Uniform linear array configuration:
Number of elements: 8
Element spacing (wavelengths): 0.5
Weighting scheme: exponential
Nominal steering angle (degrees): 45
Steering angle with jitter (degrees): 46.176
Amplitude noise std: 0.05
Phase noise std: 0.05

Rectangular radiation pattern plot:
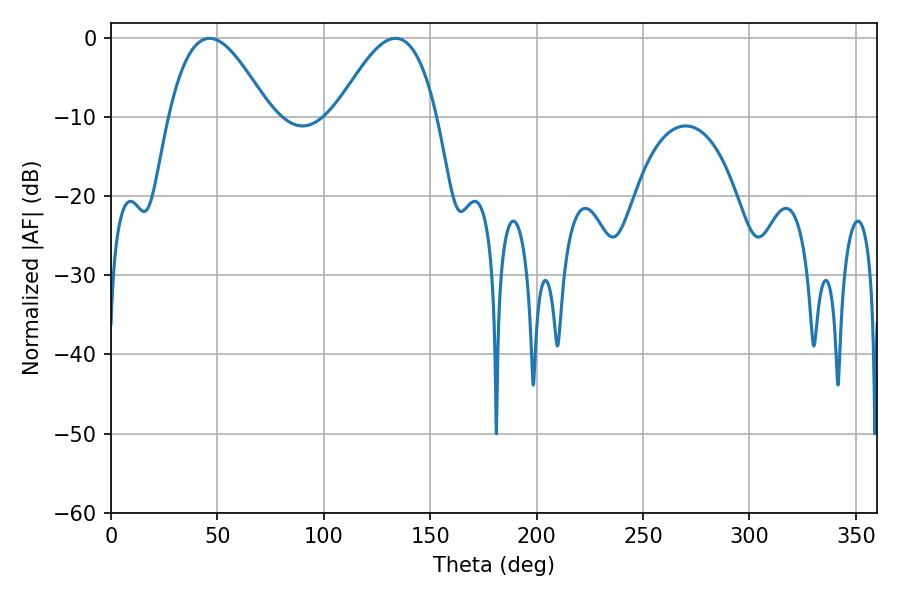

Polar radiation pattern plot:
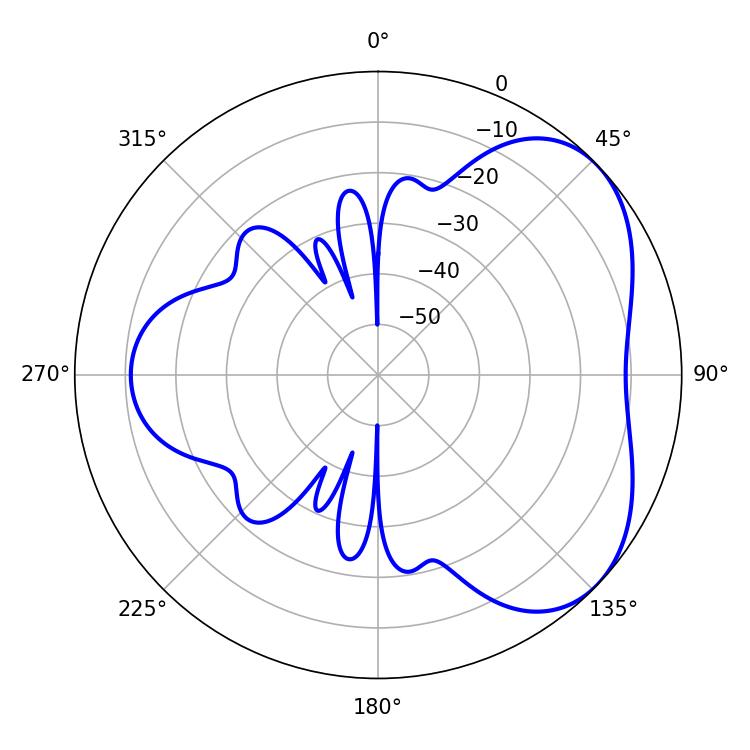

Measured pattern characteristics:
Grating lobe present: FALSE
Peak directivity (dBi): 4.464
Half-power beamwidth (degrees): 25.74
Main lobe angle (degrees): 46.26